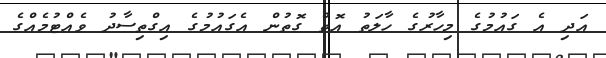
އަދި އެ ގައުމުގެ މިހާރުގެ ހާލަތު އޮތް ގޮތުން އެގައުމުގެ އިގްތިސާދު ވެއްޓުމެއްގެ